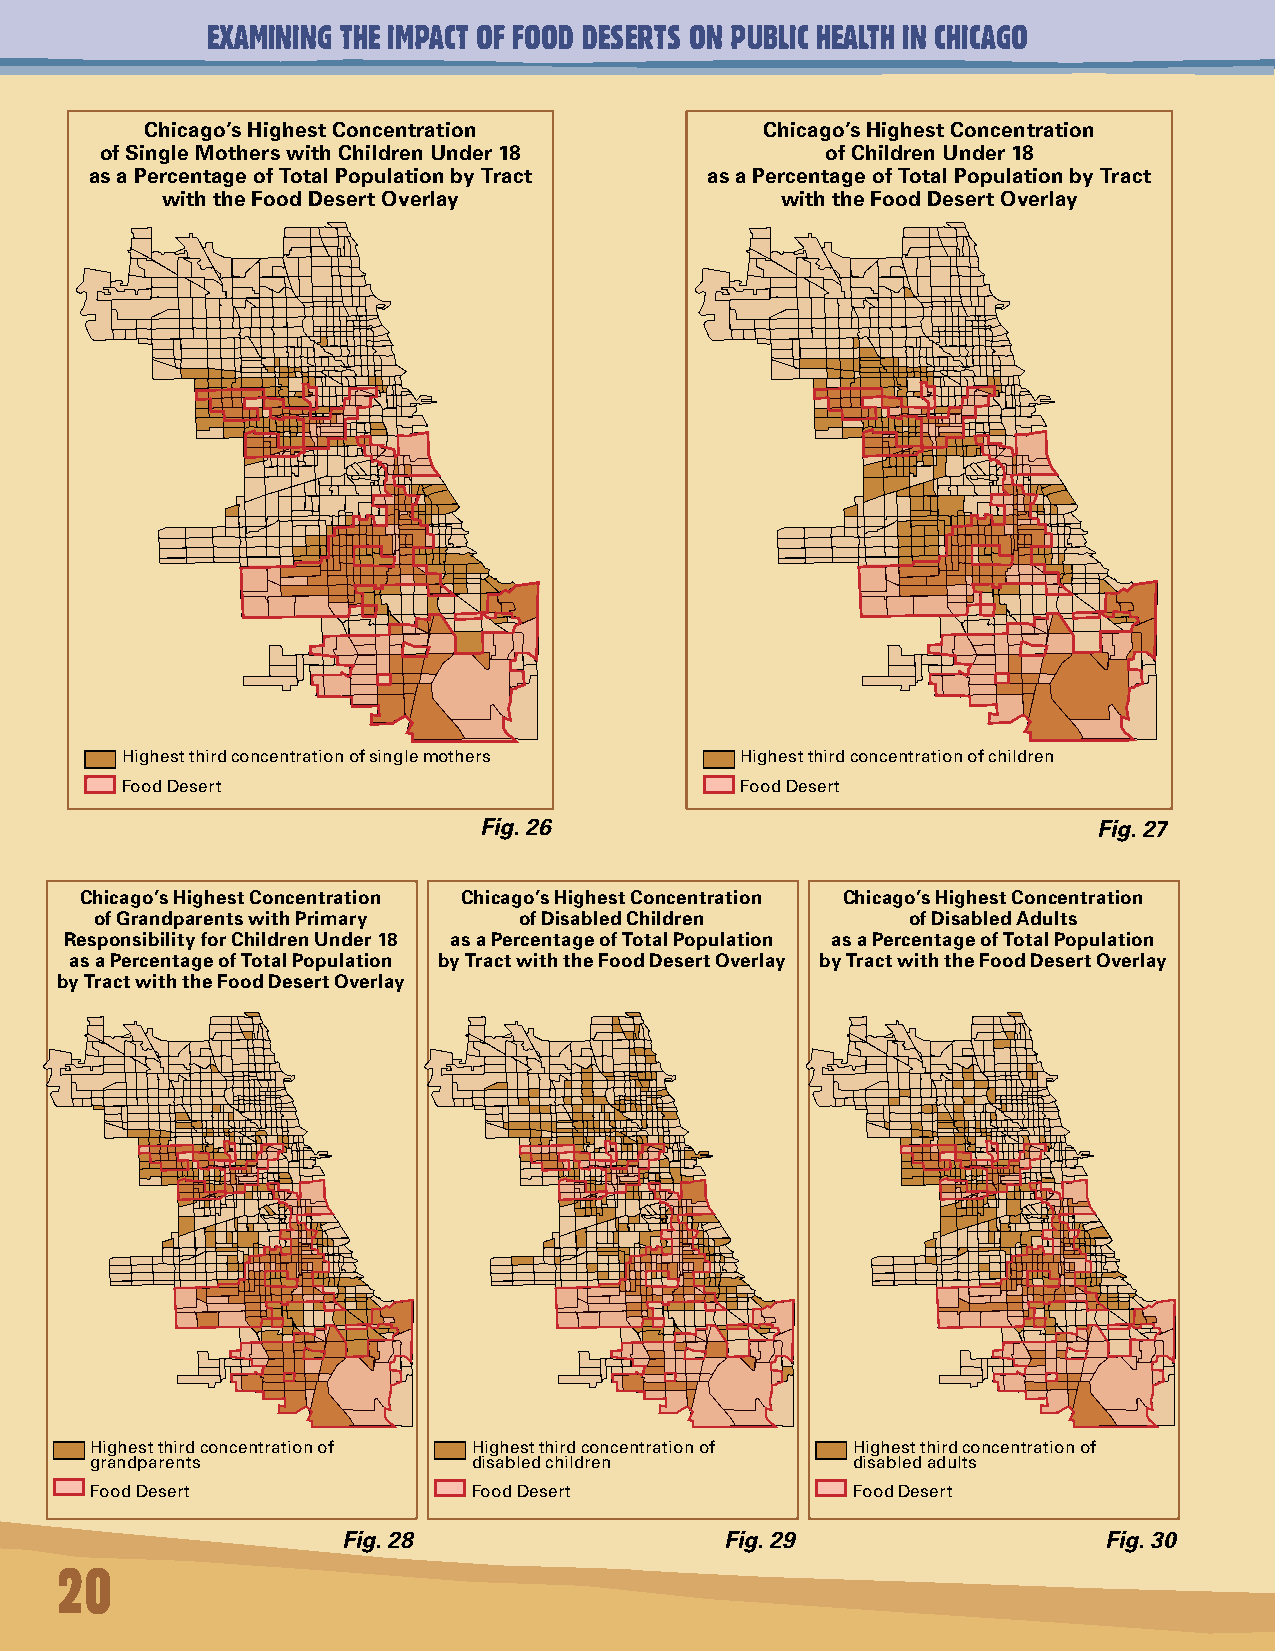
EXAMINING THE IMPACT OF FOOD DESERTS ON PUBLIC HEALTH IN CHICAGO
 Chicago’s Highest Concentration          Chicago’s Highest Concentration
 of Single Mothers with Children Under 18        of Children Under 18
 as a Percentage of Total Population by Tract as a Percentage of Total Population by Tract
 with the Food Desert Overlay             with the Food Desert Overlay
 Highest third concentration of single mothers Highest third concentration of children
 Food Desert                              Food Desert
 Fig. 26                                  Fig. 27
 Chicago’s Highest Concentration Chicago’s Highest Concentration Chicago’s Highest Concentration
 of Grandparents with Primary of Disabled Children     of Disabled Adults
 Responsibility for Children Under 18 as a Percentage of Total Population as a Percentage of Total Population
 as a Percentage of Total Population by Tract with the Food Desert Overlay by Tract with the Food Desert Overlay
 by Tract with the Food Desert Overlay
 Highest third concentration of Highest third concentration of Highest third concentration of
 grandparents             disabled children        disabled adults
 Food Desert              Food Desert              Food Desert
 Fig. 28                  Fig. 29                  Fig. 30
 20